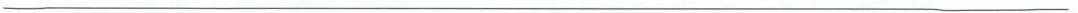
___